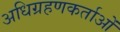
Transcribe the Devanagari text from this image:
अधिग्रहणकर्ताओं